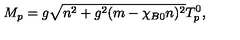
M _ { p } = g \sqrt { n ^ { 2 } + g ^ { 2 } ( m - \chi _ { B 0 } n ) ^ { 2 } } T _ { p } ^ { 0 } ,